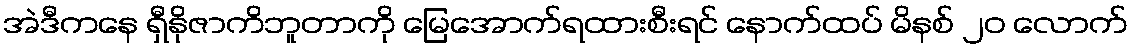
အဲဒီကနေ ရှီနိုဇာကိဘူတာကို မြေအောက်ရထားစီးရင် နောက်ထပ် မိနစ် ၂၀ လောက်